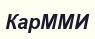
КарММИ